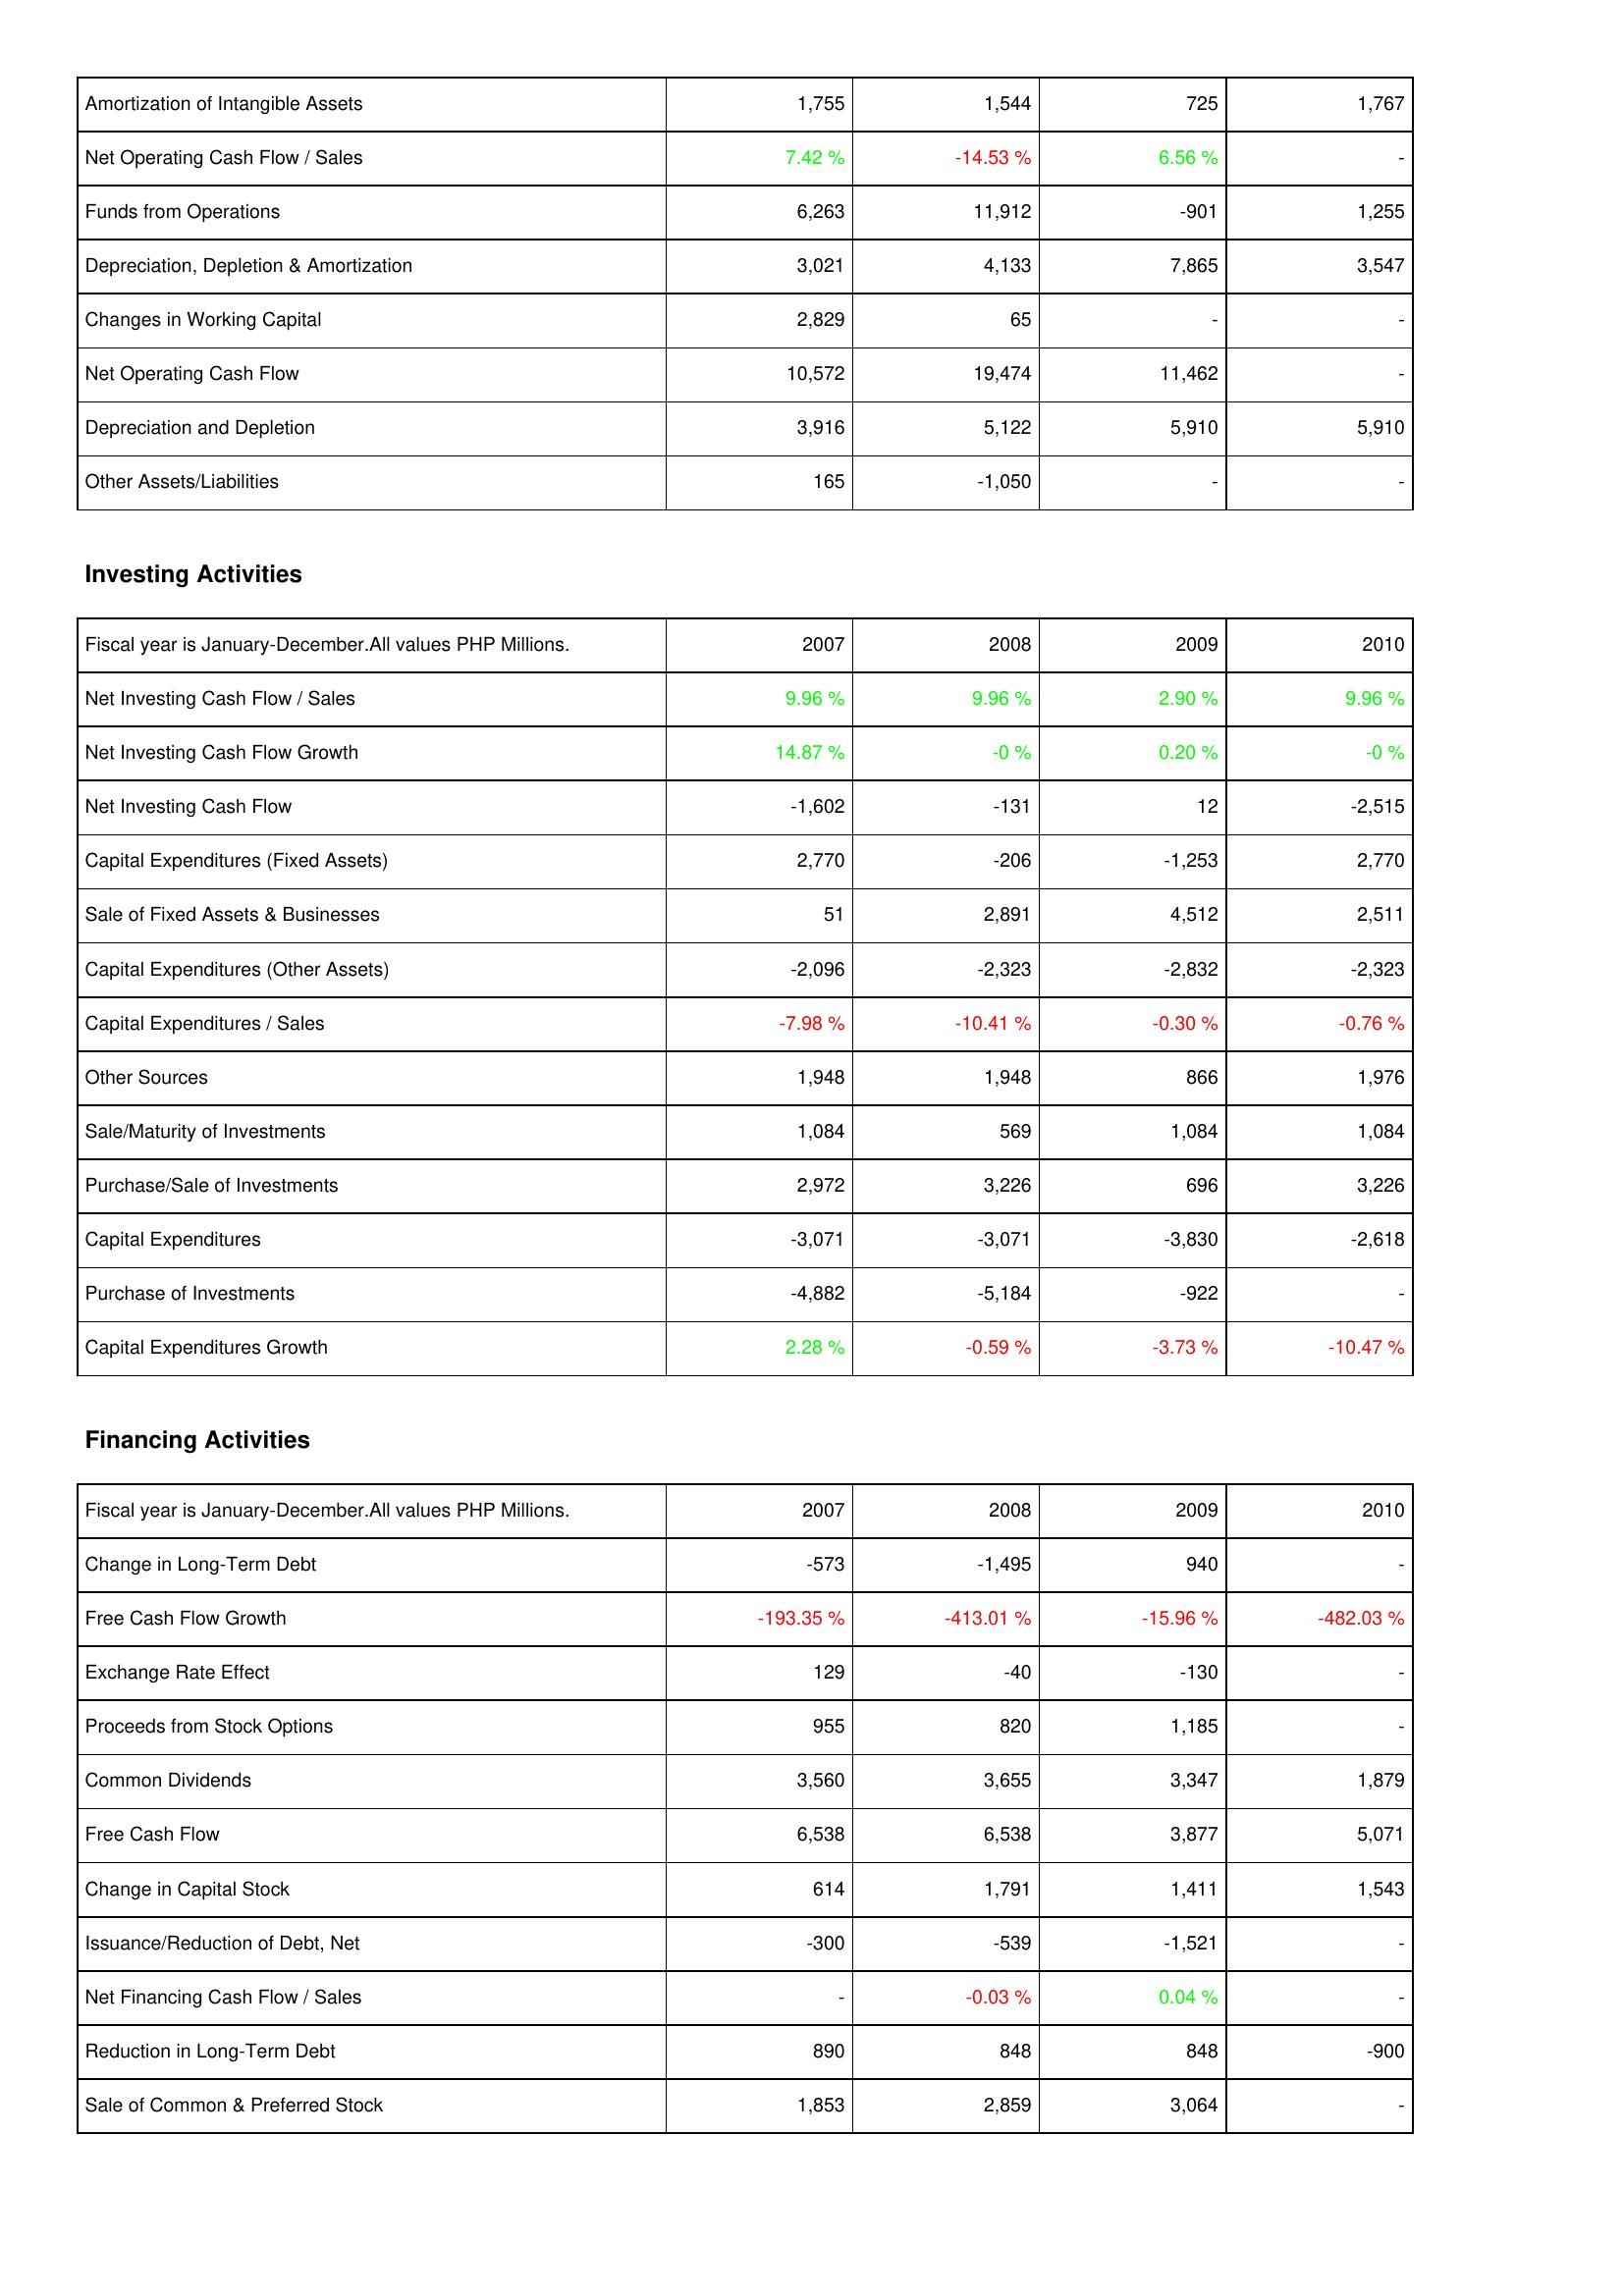
2007: Operating Activities: Amortization of Intangible Assets: 1,755
Net Operating Cash Flow / Sales: 7.42 %
Funds from Operations: 6,263
Depreciation, Depletion & Amortization: 3,021
Changes in Working Capital: 2,829
Net Operating Cash Flow: 10,572
Depreciation and Depletion: 3,916
Other Assets/Liabilities: 165
Investing Activities: Net Investing Cash Flow / Sales: 9.96 %
Net Investing Cash Flow Growth: 14.87 %
Net Investing Cash Flow: -1,602
Capital Expenditures (Fixed Assets): 2,770
Sale of Fixed Assets & Businesses: 51
Capital Expenditures (Other Assets): -2,096
Capital Expenditures / Sales: -7.98 %
Other Sources: 1,948
Sale/Maturity of Investments: 1,084
Purchase/Sale of Investments: 2,972
Capital Expenditures: -3,071
Purchase of Investments: -4,882
Capital Expenditures Growth: 2.28 %
Financing Activities: Change in Long-Term Debt: -573
Free Cash Flow Growth: -193.35 %
Exchange Rate Effect: 129
Proceeds from Stock Options: 955
Common Dividends: 3,560
Free Cash Flow: 6,538
Change in Capital Stock: 614
Issuance/Reduction of Debt, Net: -300
Net Financing Cash Flow / Sales: -
Reduction in Long-Term Debt: 890
Sale of Common & Preferred Stock: 1,853
2008: Operating Activities: Amortization of Intangible Assets: 1,544
Net Operating Cash Flow / Sales: -14.53 %
Funds from Operations: 11,912
Depreciation, Depletion & Amortization: 4,133
Changes in Working Capital: 65
Net Operating Cash Flow: 19,474
Depreciation and Depletion: 5,122
Other Assets/Liabilities: -1,050
Investing Activities: Net Investing Cash Flow / Sales: 9.96 %
Net Investing Cash Flow Growth: -0 %
Net Investing Cash Flow: -131
Capital Expenditures (Fixed Assets): -206
Sale of Fixed Assets & Businesses: 2,891
Capital Expenditures (Other Assets): -2,323
Capital Expenditures / Sales: -10.41 %
Other Sources: 1,948
Sale/Maturity of Investments: 569
Purchase/Sale of Investments: 3,226
Capital Expenditures: -3,071
Purchase of Investments: -5,184
Capital Expenditures Growth: -0.59 %
Financing Activities: Change in Long-Term Debt: -1,495
Free Cash Flow Growth: -413.01 %
Exchange Rate Effect: -40
Proceeds from Stock Options: 820
Common Dividends: 3,655
Free Cash Flow: 6,538
Change in Capital Stock: 1,791
Issuance/Reduction of Debt, Net: -539
Net Financing Cash Flow / Sales: -0.03 %
Reduction in Long-Term Debt: 848
Sale of Common & Preferred Stock: 2,859
2009: Operating Activities: Amortization of Intangible Assets: 725
Net Operating Cash Flow / Sales: 6.56 %
Funds from Operations: -901
Depreciation, Depletion & Amortization: 7,865
Changes in Working Capital: -
Net Operating Cash Flow: 11,462
Depreciation and Depletion: 5,910
Other Assets/Liabilities: -
Investing Activities: Net Investing Cash Flow / Sales: 2.90 %
Net Investing Cash Flow Growth: 0.20 %
Net Investing Cash Flow: 12
Capital Expenditures (Fixed Assets): -1,253
Sale of Fixed Assets & Businesses: 4,512
Capital Expenditures (Other Assets): -2,832
Capital Expenditures / Sales: -0.30 %
Other Sources: 866
Sale/Maturity of Investments: 1,084
Purchase/Sale of Investments: 696
Capital Expenditures: -3,830
Purchase of Investments: -922
Capital Expenditures Growth: -3.73 %
Financing Activities: Change in Long-Term Debt: 940
Free Cash Flow Growth: -15.96 %
Exchange Rate Effect: -130
Proceeds from Stock Options: 1,185
Common Dividends: 3,347
Free Cash Flow: 3,877
Change in Capital Stock: 1,411
Issuance/Reduction of Debt, Net: -1,521
Net Financing Cash Flow / Sales: 0.04 %
Reduction in Long-Term Debt: 848
Sale of Common & Preferred Stock: 3,064
2010: Operating Activities: Amortization of Intangible Assets: 1,767
Net Operating Cash Flow / Sales: -
Funds from Operations: 1,255
Depreciation, Depletion & Amortization: 3,547
Changes in Working Capital: -
Net Operating Cash Flow: -
Depreciation and Depletion: 5,910
Other Assets/Liabilities: -
Investing Activities: Net Investing Cash Flow / Sales: 9.96 %
Net Investing Cash Flow Growth: -0 %
Net Investing Cash Flow: -2,515
Capital Expenditures (Fixed Assets): 2,770
Sale of Fixed Assets & Businesses: 2,511
Capital Expenditures (Other Assets): -2,323
Capital Expenditures / Sales: -0.76 %
Other Sources: 1,976
Sale/Maturity of Investments: 1,084
Purchase/Sale of Investments: 3,226
Capital Expenditures: -2,618
Purchase of Investments: -
Capital Expenditures Growth: -10.47 %
Financing Activities: Change in Long-Term Debt: -
Free Cash Flow Growth: -482.03 %
Exchange Rate Effect: -
Proceeds from Stock Options: -
Common Dividends: 1,879
Free Cash Flow: 5,071
Change in Capital Stock: 1,543
Issuance/Reduction of Debt, Net: -
Net Financing Cash Flow / Sales: -
Reduction in Long-Term Debt: -900
Sale of Common & Preferred Stock: -